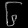
Digit: ၆